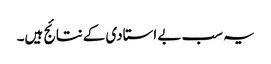
یہ سب بے استادی کےنتائج ہیں۔